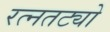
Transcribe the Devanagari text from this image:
रत्नतट्यो